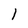
Character: 1